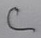
Text: C